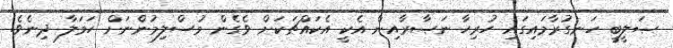
ޞަލީބީ ހަނގުރާމައިގައި ހުރިހާ ނަޞާރާއިން އެކީ އެކައްޗަކަށް ވެގެން މުސްލިމުންނަށް ހަމަލާ ދިނެވެ.